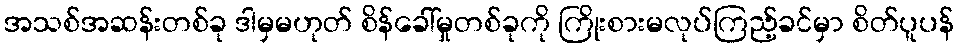
အသစ်အဆန်းတစ်ခု ဒါမှမဟုတ် စိန်ခေါ်မှုတစ်ခုကို ကြိုးစားမလုပ်ကြည့်ခင်မှာ စိတ်ပူပန်